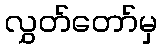
လွှတ်တော်မှ